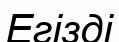
Егізді